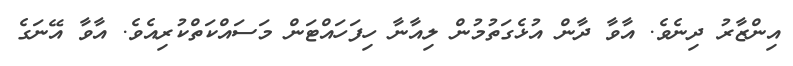
އިންޒާރު ދިނެވެ. އާވާ ދާން އުޅެގަތުމުން ލިއާނާ ހިފަހައްޓަން މަސައްކަތްކުރިއެވެ. އާވާ އޭނަގެ